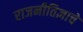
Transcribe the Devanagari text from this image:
राजनीतिज्ञाचे